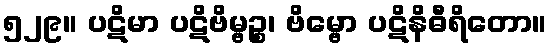
၅၂၉။ ပဋိမာ ပဋိဗိမ္ဗဉ္စ၊ ဗိမ္ဗော ပဋိနိဓီရိတော။